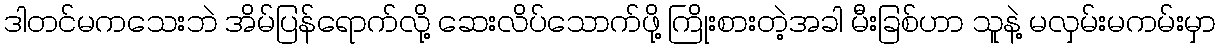
ဒါတင်မကသေးဘဲ အိမ်ပြန်ရောက်လို့ ဆေးလိပ်သောက်ဖို့ ကြိုးစားတဲ့အခါ မီးခြစ်ဟာ သူနဲ့ မလှမ်းမကမ်းမှာ